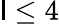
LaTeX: \mathsf{l}\leq4